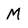
Character: M